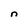
Character: n